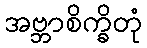
အဗ္ဘာစိက္ခိတုံ